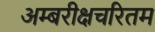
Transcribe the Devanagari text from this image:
अम्बरीक्षचरितम